Tezpur Lunatic Asylum reports 1895-1904 - 1895-1904
Year: 1895
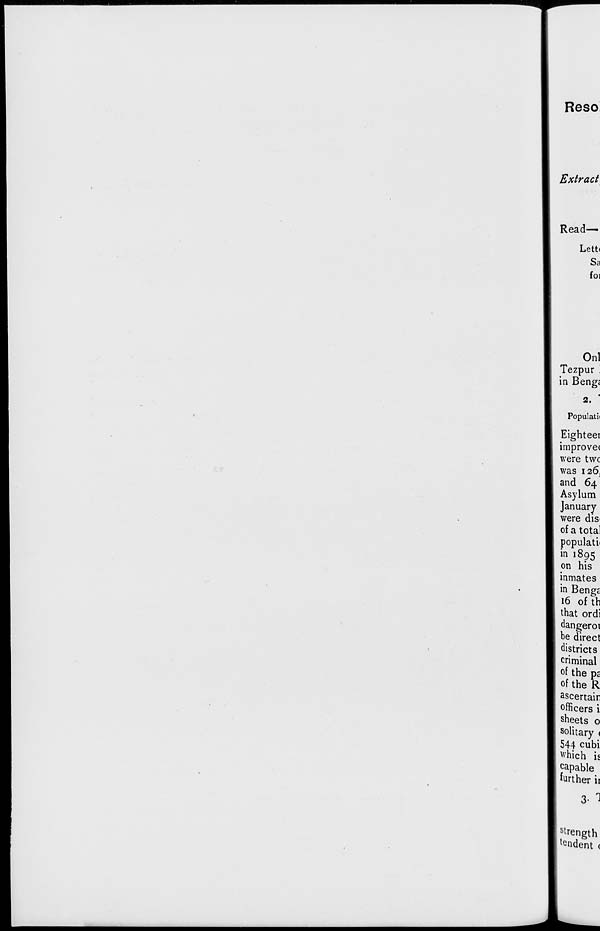
Reso
Extract
Read-
Lett)
Sa
foi
Onl
Tezpur ' .
in Beng;
2.
Populatii
Eighteer
improve(
were twc
was 126,
and 64
Asylum
January
were dis<
of a total
populatii
in 1895
on his
inmates
in Bengc
16 of th
that ordi
dangeroi
be direct
districts
criminal
of the ps
of the R
ascertain
officers i
sheets o
solitary <
544 cubi
which is
capable
further ii
3. 1
strength
indent (